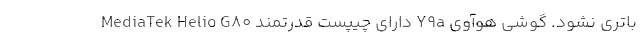
باتری نشود. گوشی هوآوی Y9a دارای چیپست قدرتمند MediaTek Helio G80